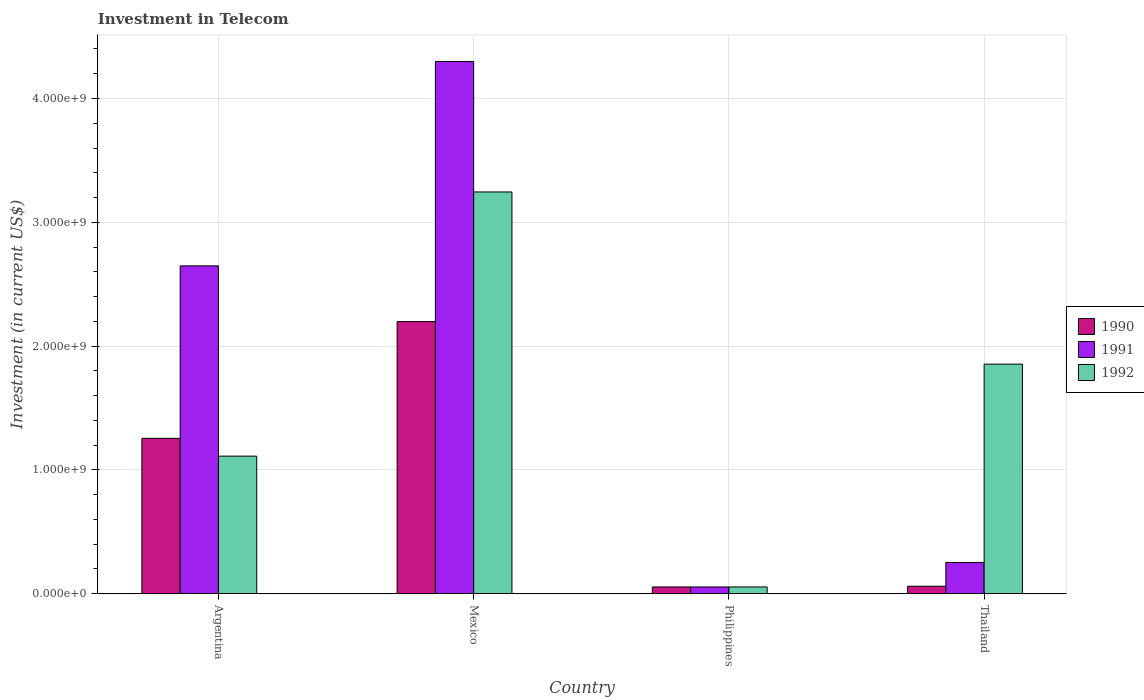
| Country | 1990 | 1991 | 1992 |
 | --- | --- | --- | --- |
 | Argentina | 1.25e+09 | 2.65e+09 | 1.11e+09 |
 | Mexico | 2.2e+09 | 4.3e+09 | 3.24e+09 |
 | Philippines | 5.42e+07 | 5.42e+07 | 5.42e+07 |
 | Thailand | 6e+07 | 2.52e+08 | 1.85e+09 |